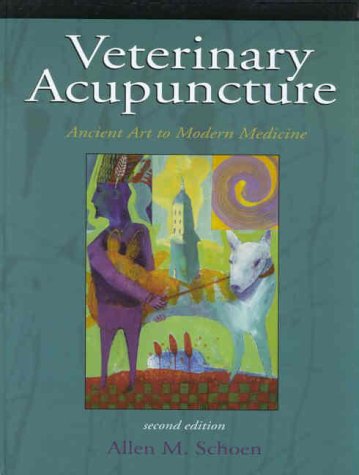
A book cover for Veterinary Acupuncture: Ancient Art to Modern Medicine; Allen M. Schoen DVM  MS; Medical Books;